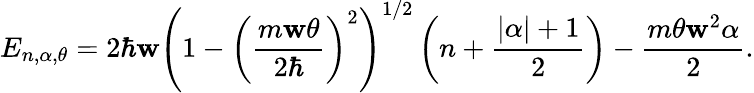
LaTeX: E_{n,\alpha,\theta}=2\hbar\mathbf{w}\left(1-\left(\frac{{m\mathbf{w}\theta}}{{2\hbar}}\right)^{2}\right)^{1/2}\left(n+\frac{{\left|\alpha\right|+1}}{{2}}\right)-\frac{{m\theta\mathbf{w}^{2}\alpha}}{{2}}.